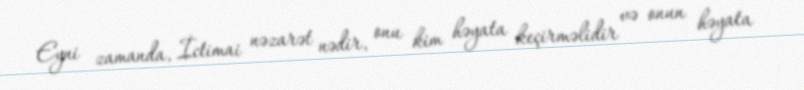
Eyni zamanda, İctimai nəzarət nədir, onu kim həyata keçirməlidir və onun həyata